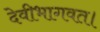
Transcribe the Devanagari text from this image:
देवीभागवत।